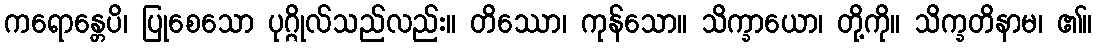
ကရောန္တေပိ၊ ပြုစေသော ပုဂ္ဂိုလ်သည်လည်း။ တိဿော၊ ကုန်သော။ သိက္ခာယော၊ တို့ကို။ သိက္ခတိနာမ၊ ၏။